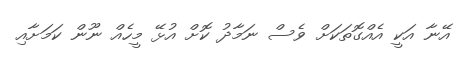
އޭނާ އަކީ އެއްގޮތަކަށް ވެސް ނަމާދު ކޮށް އުޅޭ މީހެއް ނޫން ކަމަށާއި